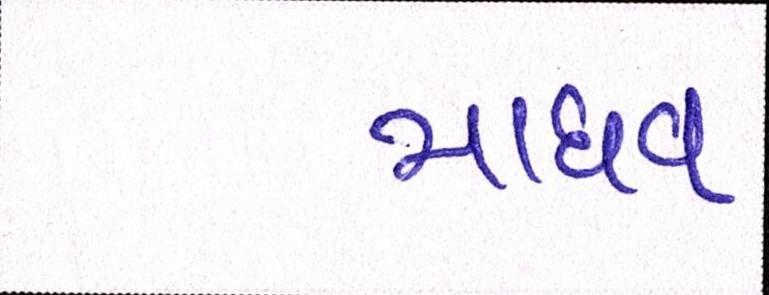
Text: માધવ